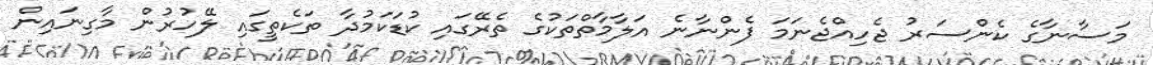
މަސާނާގެ ކެންސަރު ޖެހިއްޖެނަމަ ފެންނާނެ އަލާމާތްތަކުގެ ތެރޭގައި ކުޑަކަމުދާ ތަކެތީގައި ލޭހުރުން މާގިނައިން